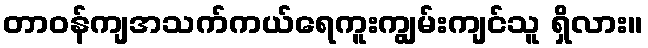
တာဝန်ကျအသက်ကယ်ရေကူးကျွမ်းကျင်သူ ရှိလား။